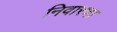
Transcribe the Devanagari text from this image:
निवारणा